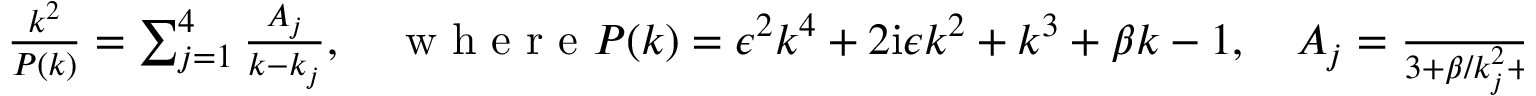
\begin{array} { r } { \frac { k ^ { 2 } } { P ( k ) } = \sum _ { j = 1 } ^ { 4 } \frac { A _ { j } } { k - k _ { j } } , \quad \mathrm { ~ w ~ h ~ e ~ r ~ e ~ } P ( k ) = \epsilon ^ { 2 } k ^ { 4 } + 2 \mathrm { i } \epsilon k ^ { 2 } + k ^ { 3 } + \beta k - 1 , \quad A _ { j } = \frac { 1 } { 3 + \beta / k _ { j } ^ { 2 } + 4 \mathrm { i } \epsilon / k _ { j } + 4 \epsilon ^ { 2 } k _ { j } } } \end{array}